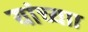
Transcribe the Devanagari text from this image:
यांच्याा